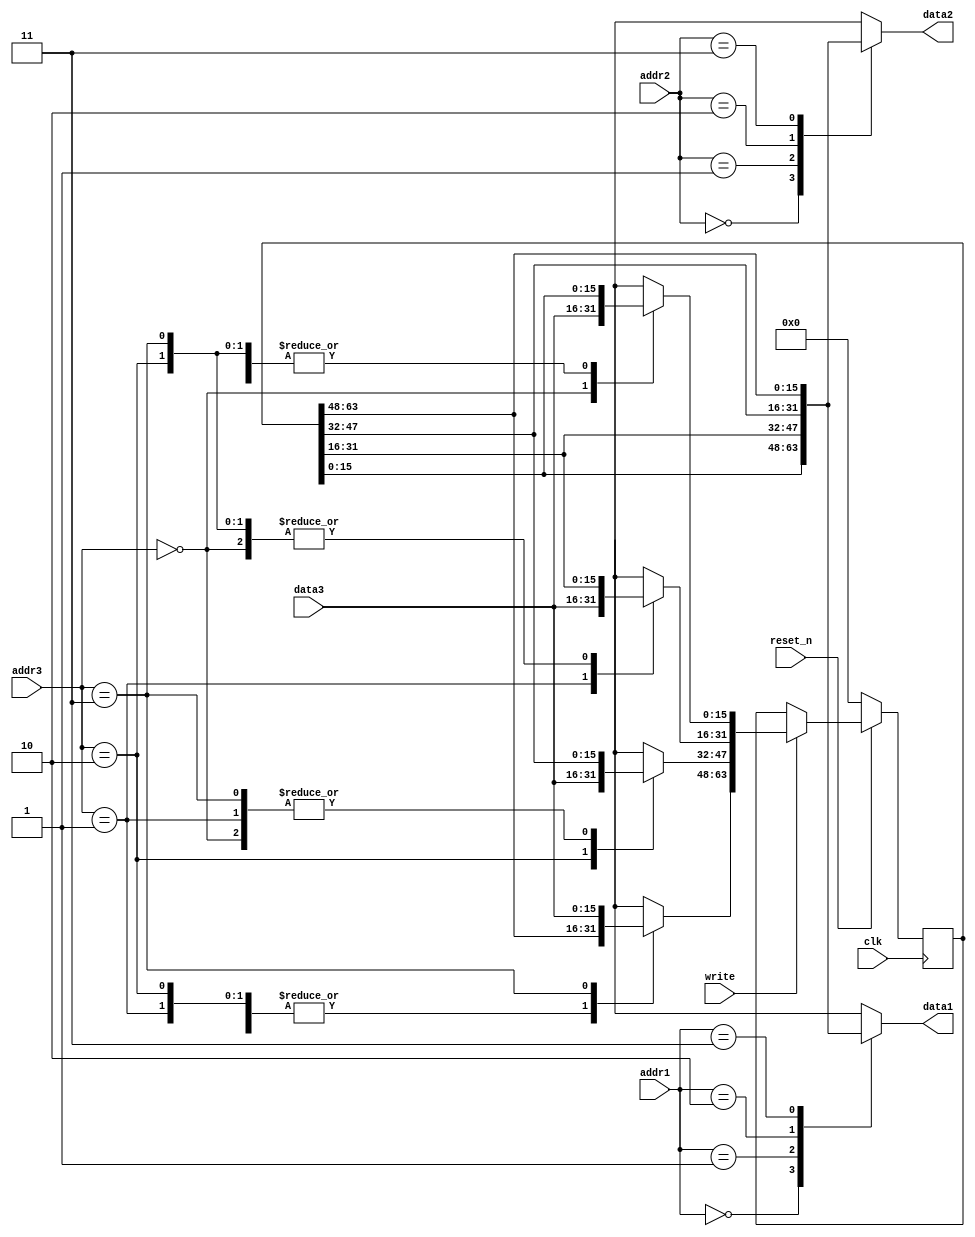
`timescale 1ns / 1ps
//////////////////////////////////////////////////////////////////////////////////
// Company: 
// Engineer: 
// 
// Design Name: 
// Module Name: rf
// Project Name: 
// Target Devices: 
// Tool Versions: 
// Description: 
// 
// Dependencies: 
// 
// Revision:
// Revision 0.01 - File Created
// Additional Comments:
// 
//////////////////////////////////////////////////////////////////////////////////


module RF(
    input write,
    input clk,
    input reset_n,
    input [1:0] addr1,
    input [1:0] addr2,
    input [1:0] addr3,
    output [15:0] data1,
    output [15:0] data2,
    input [15:0] data3
    );
    reg [63:0] regs; //register  
    wire [15:0] reg_wires [3 : 0]; // reg1,reg2,reg3,reg4
    
    assign reg_wires[0] = regs[15:0];
    assign reg_wires[1] = regs[31:16];
    assign reg_wires[2] = regs[47:32];
    assign reg_wires[3] = regs[63:48];
    assign data1=reg_wires[addr1]; //read: data1 (addr1) reg 
    assign data2=reg_wires[addr2]; //read: data2 (addr2) reg 
    always @(posedge clk) begin
       if(!reset_n) begin //sync reset
         regs=64'b0; 
        end
        else begin
        if(write) begin
         case(addr3)
          0: regs[15:0]=data3;
          1: regs[31:16]=data3;
          2: regs[47:32]=data3;
          3: regs[63:48]=data3;
          // write=1, reset=1 write: (addr1) reg data3 
          endcase
        end
        end
    end 
endmodule